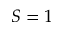
S = 1